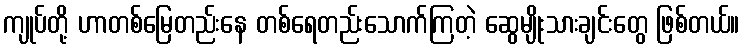
ကျုပ်တို့ ဟာတစ်မြေတည်းနေ တစ်ရေတည်းသောက်ကြတဲ့ ဆွေမျိုးသားချင်းတွေ ဖြစ်တယ်။